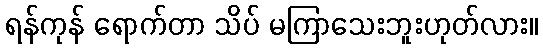
ရန်ကုန် ရောက်တာ သိပ် မကြာသေးဘူးဟုတ်လား။